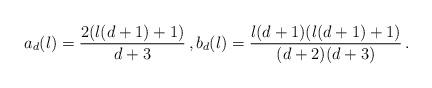
LaTeX: \begin{align*} a_d(\l)={2(\l(d+1)+1)\over d+3}\,, b_d(\l)={\l(d+1)(\l(d+1)+1)\over (d+2)(d+3)}\,. \end{align*}